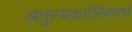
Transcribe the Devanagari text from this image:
अतुल्यकालिकता